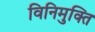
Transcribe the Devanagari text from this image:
विनिमुक्ति